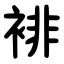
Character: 裶